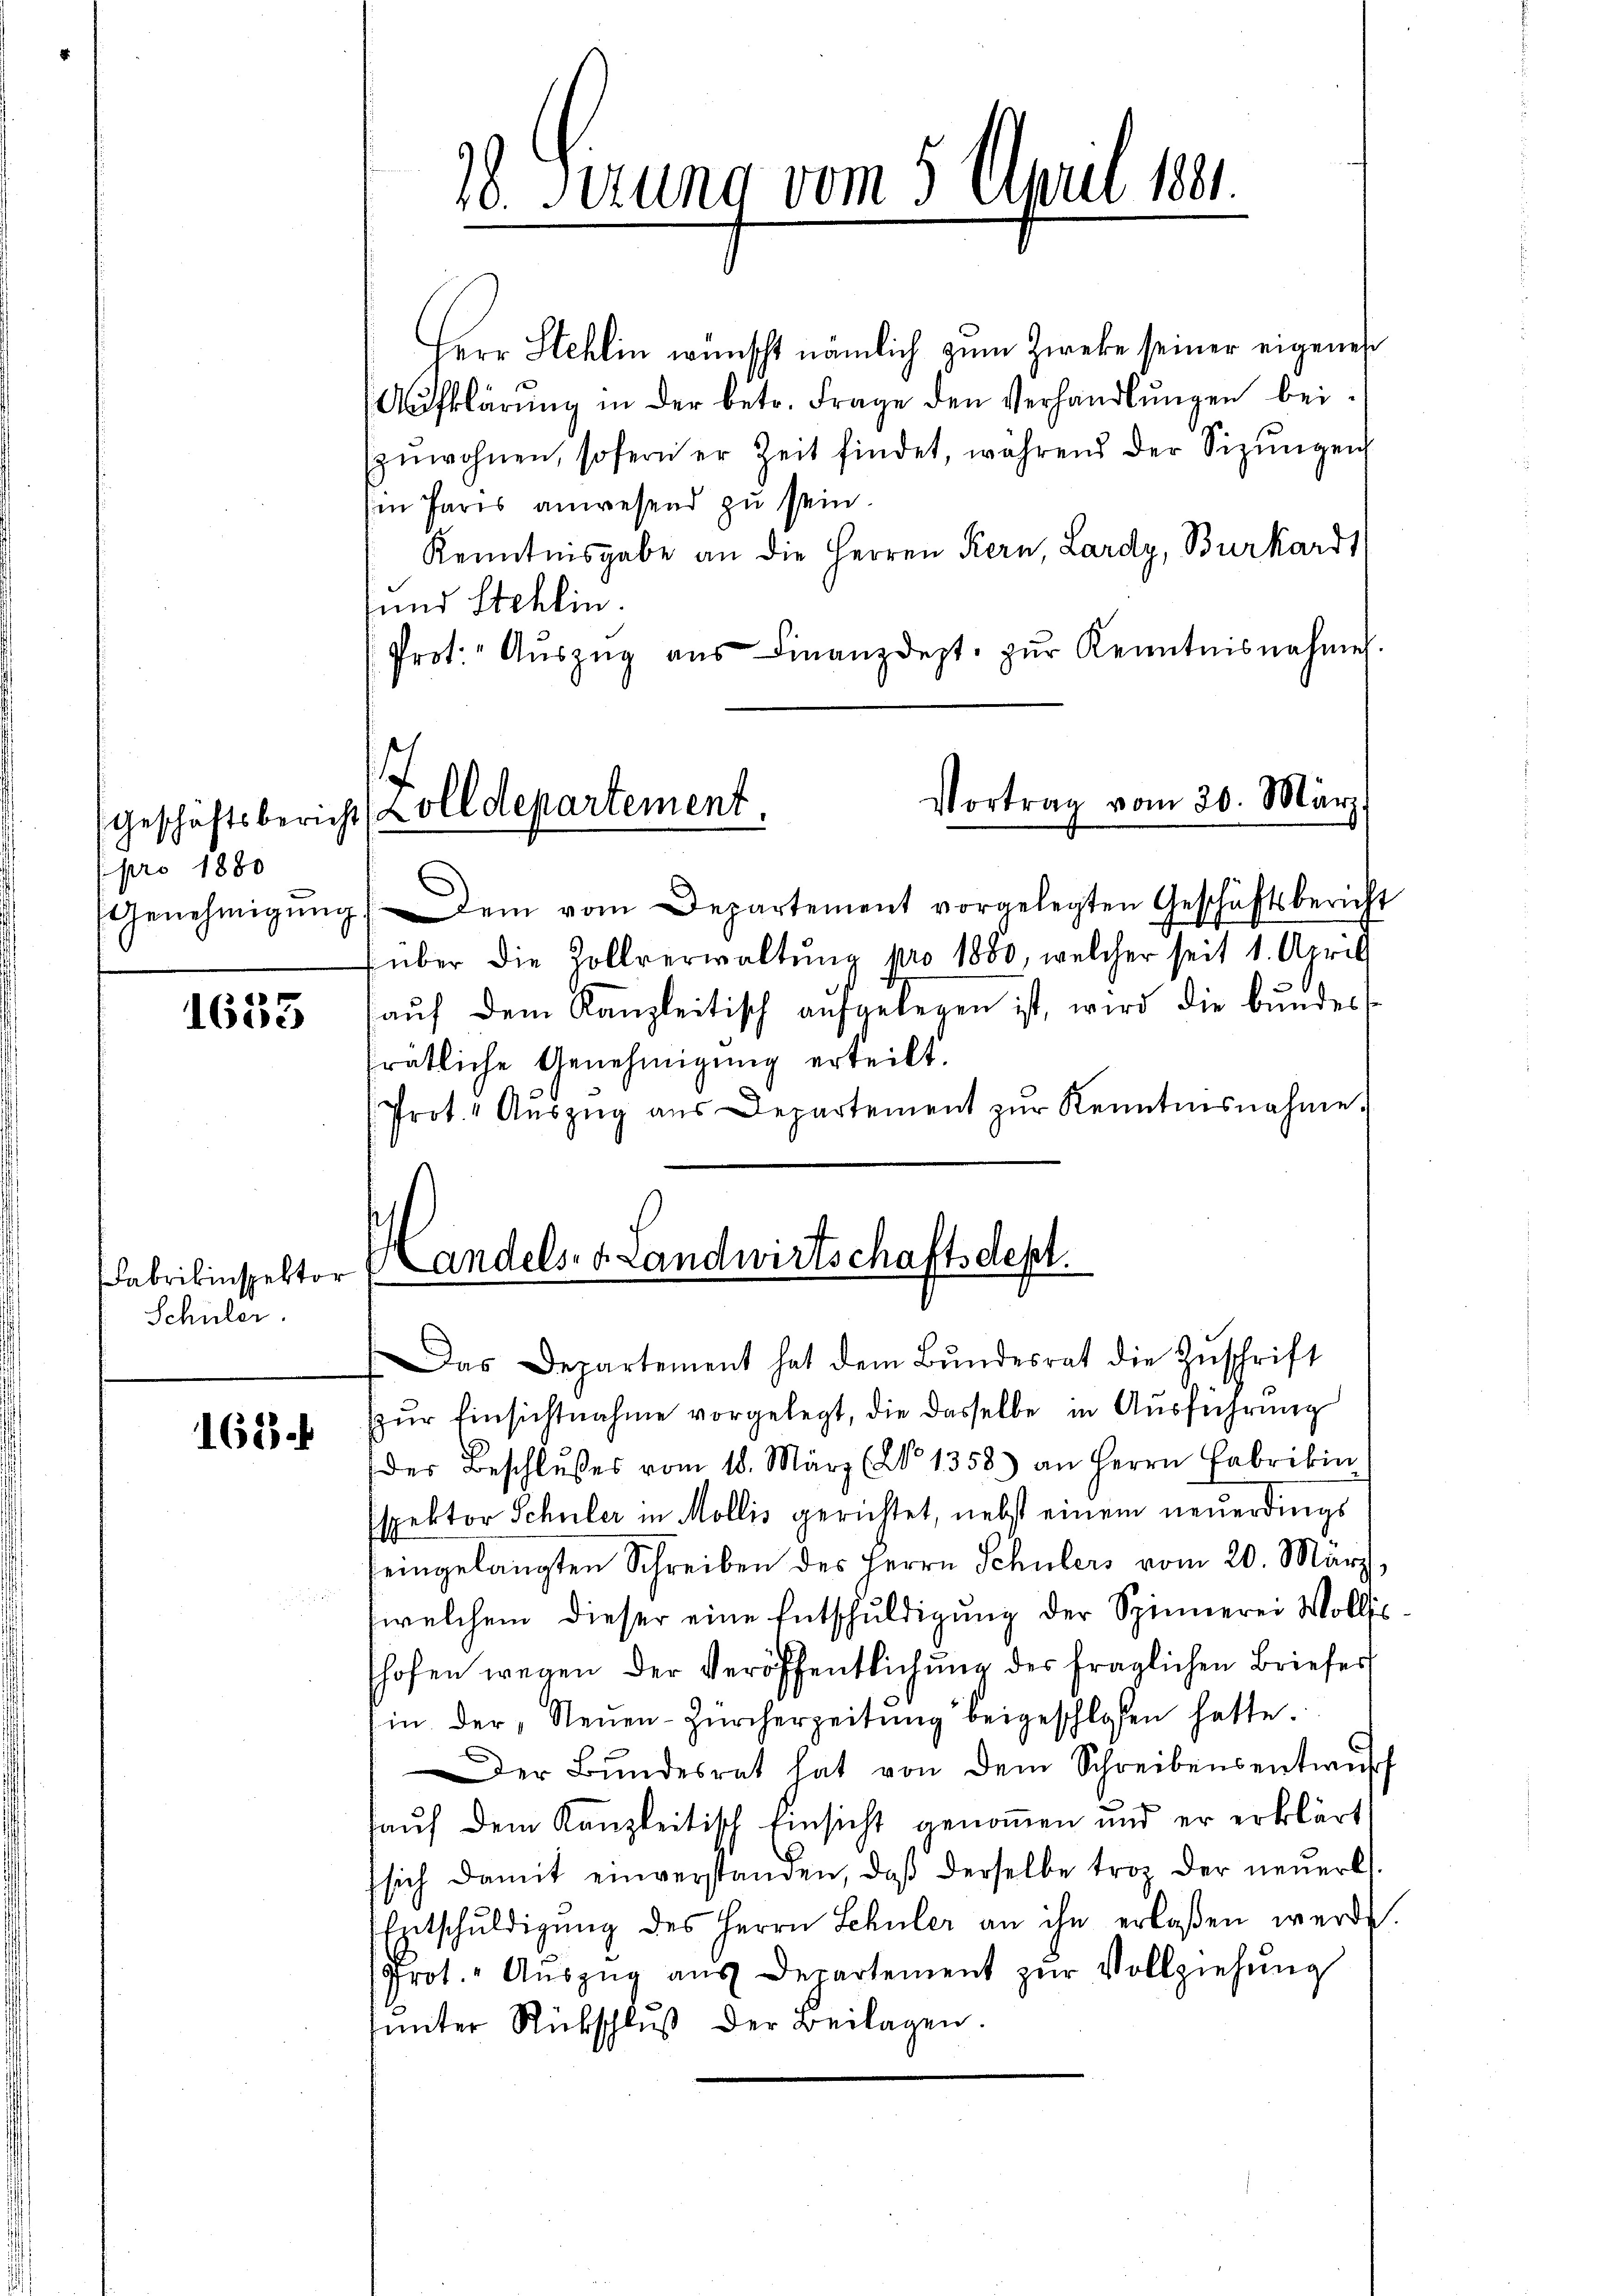
pro 1880

1635

Schüler

168.

28. Serung vom 5. April 1891.

Herr Stehlin wünscht nämlich zum Zweke seiner eigenes
Aufklärung in der betr. Frage den Verhandlŭngen bei
Einwohnen, sofern er Zeit findet, während der Sizŭngen
sen Paris anwesend zu sein.
Kenntnisgabe an die Herren Kern, Lardy, Burkards
und Stehlin.
Prot. Aŭszŭg aŭs Finanzdept. zŭr Kenntnisnahmen.

Vortrag vom 20. März
Geschäftsbericht (Zolldepartement

Genehmigŭng. Dem vom Departement vorgelegten Geschäftsbericht
über die Zollverwaltŭng pro 1880, welcher seit 1. April
aŭf dem Kanzleitisch aufgelegen ist, wird die bundess
frätliche Genehmigung erteilt.
Prot. Aŭszŭg aŭs Departement zŭr Kenntnisnahme.

Fabrikinspektor Landels- Landwirtschaftsdept.
Das Departement hat dem Bŭndesrat die Zŭschrift

zur Einsichtnahme vorgelegt, die dasselbe in Ausführung
der Beschlŭsses vom 18. März (2 1358) an Herrn Fabrikin
spektor Schuler in Mollis gerichtet, nebst einem neuerdings
seingelangten Schreiben des Herrn Schülers vom 20. März,
welchem dieser eine Entschŭldigŭng der Spinnerei Wollis
shofen wegen der Veröffentlichung der fraglichen Briefes
in der Neŭen-Zürcherzeitŭng beigeschlafen hatte.
Der Bŭndesrat hat von dem Schreibensentwŭrf
hauf dem Kanzleitisch Einsicht genommen und er erklärt,
sich damit einverstanden, daβ derselbe tros der neŭerl.
Entschŭldigŭng des Herrn Schüler an ihn erlaßen werde.
Prot. " Aŭszŭg aŭs Departement zŭr Vollziehŭng
sunter Rückschluß der Beilagen